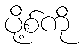
ပို့စ်ကို